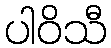
ပါဝိသီ